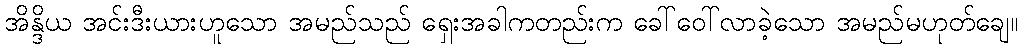
အိန္ဒိယ အင်းဒီးယားဟူသော အမည်သည် ရှေးအခါကတည်းက ခေါ်ဝေါ်လာခဲ့သော အမည်မဟုတ်ချေ။